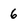
Character: 6